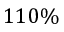
1 1 0 \%